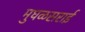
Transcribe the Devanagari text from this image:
मुघळसराई